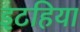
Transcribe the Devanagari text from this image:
इटहिया